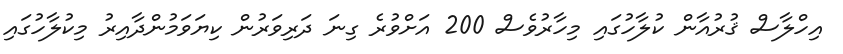
އިހްލާސް ޤުރުއާން ކުލާހުގައި މިހާރުވެސް 200 އަށްވުރެ ގިނަ ދަރިވަރުން ކިޔަވަމުންދާއިރު މިކުލާހުގައި